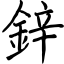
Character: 鋅